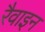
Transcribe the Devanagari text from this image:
रैवाइन